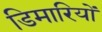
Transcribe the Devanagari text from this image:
डिमारियों